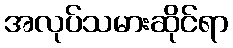
အလုပ်သမားဆိုင်ရာ